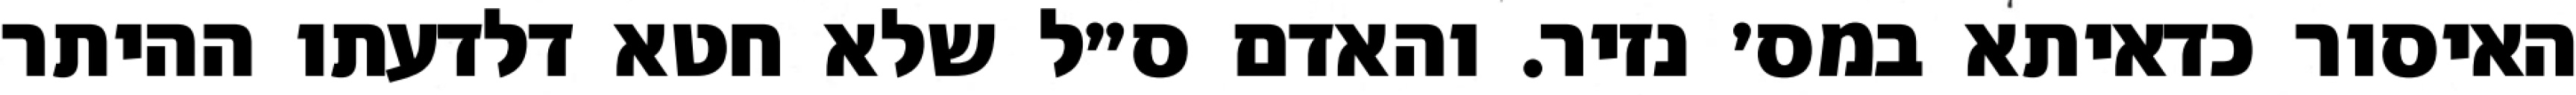
האיסור כדאיתא במס׳ נזיר. והאדם ס״ל שלא חטא דלדעתו ההיתר